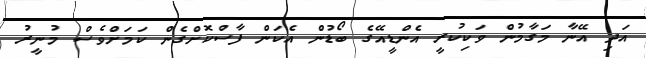
އަދި އޭނާ މަގާމުން ވަކިކުރީ އެންޑީއޭގެ ބޯޑުން އެކަން ފާސްކޮށްގެން ކަމަށްވެސް މުނީރު